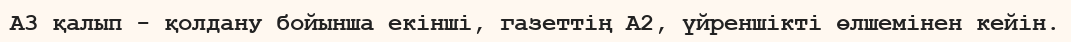
A3 қалып - қолдану бойынша екiншi, газеттiң А2, үйреншiктi өлшемiнен кейiн.